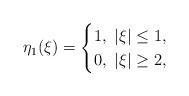
LaTeX: \begin{align*} \eta_1(\xi) =\begin{cases}1, \ |\xi|\le 1,\\0, \ |\xi|\ge 2,\end{cases}\end{align*}